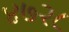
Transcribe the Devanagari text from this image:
४७२८